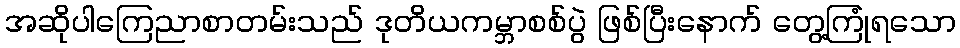
အဆိုပါကြေညာစာတမ်းသည် ဒုတိယကမ္ဘာစစ်ပွဲ ဖြစ်ပြီးနောက် တွေ့ကြုံရသော